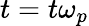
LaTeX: t=t\omega_{p}